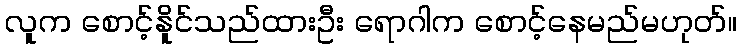
လူက စောင့်နိူင်သည်ထားဦး ရောဂါက စောင့်နေမည်မဟုတ်။